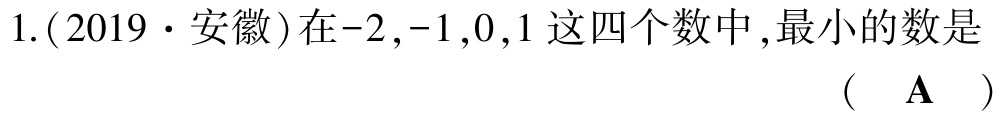
1.(2019·安徽)在$-2,-1,0,1$这四个数中,最小的数是 （  $\mathbf{A}$  ）